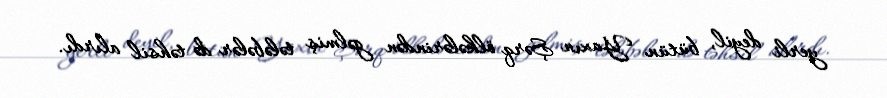
yerli deyil, bütün Yaxın Şərq ölkələrindən gəlmiş tələbələr də təhsil alırdı.